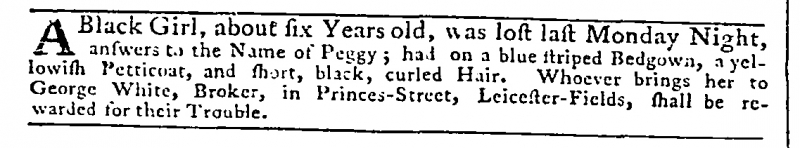
Daily Advertiser, 5 December 1777 (England)
A Black Girl, about six Years old, was lost last Monday Night, answers to the Name of Peggy; had on a blue striped Bedgown, a yellowish Petticoat, and short, black, curled Hair. Whoever brings her to George White, Broker, in Princes-Street, Leicester-Fields, shall be rewarded for their Trouble.